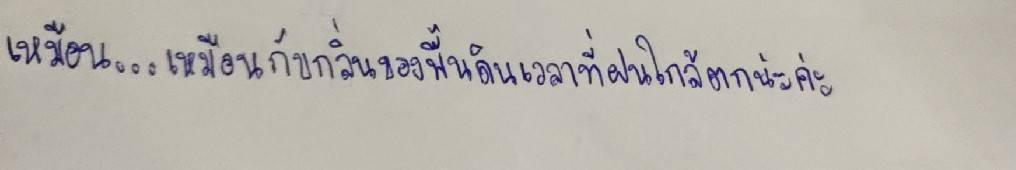
เหมือน...เหมือนกับกลิ่นของพื้นดินเวลาที่ฝนใกล้ตกน่ะค่ะ